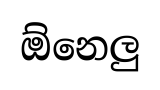
ඕනෙලු